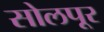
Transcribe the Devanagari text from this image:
सोलपूर